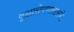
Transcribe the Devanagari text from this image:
वृक्षारोपणासारखे